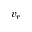
v _ { r }